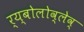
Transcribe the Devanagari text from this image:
र्य्बोलोव्लेव्